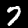
Digit: 7